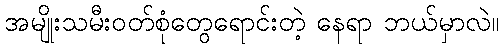
အမျိုးသမီးဝတ်စုံတွေရောင်းတဲ့ နေရာ ဘယ်မှာလဲ။